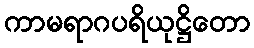
ကာမရာဂပရိယုဋ္ဌိတော